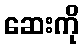
ဆေးကို